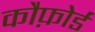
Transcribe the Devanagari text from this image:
कौफ़ोर्ड